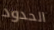
الحدود